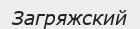
Загряжский